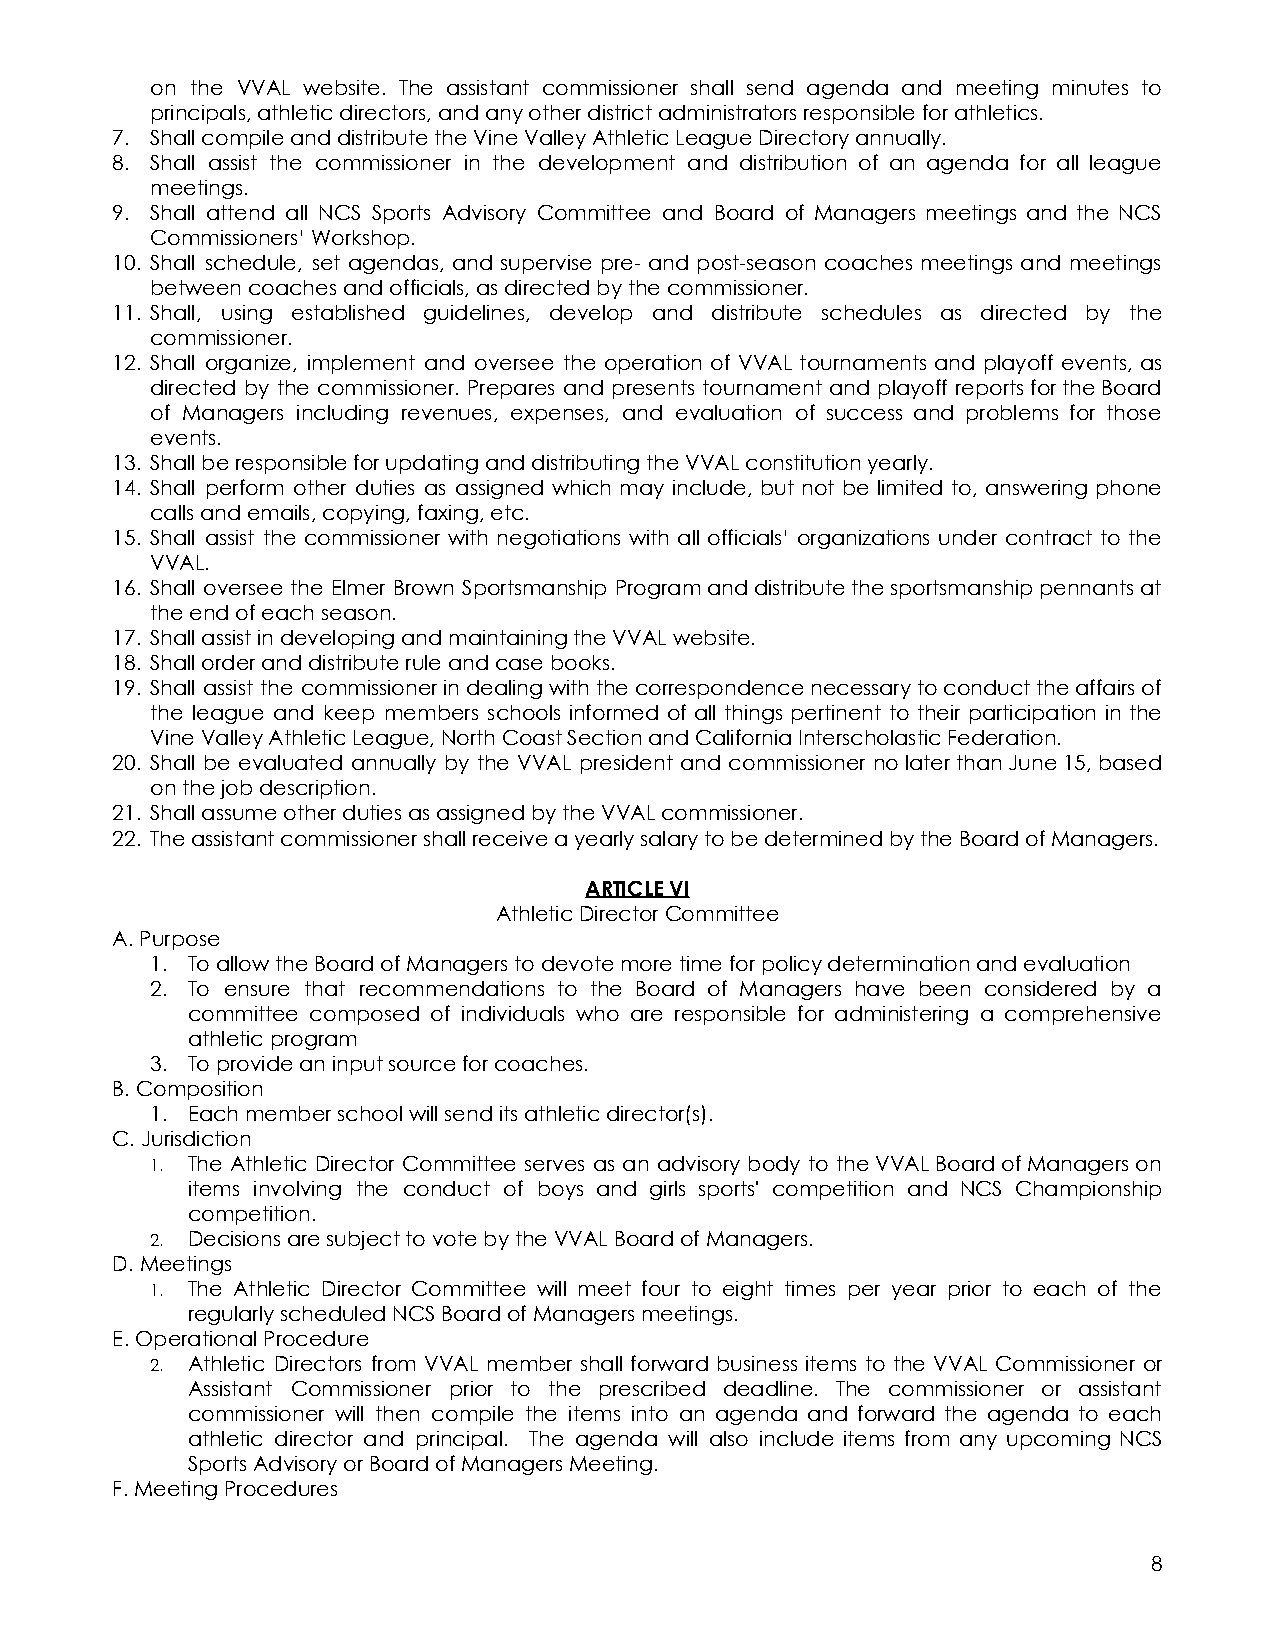
on the VVAL website. The assistant commissioner shall send agenda and meeting minutes to
 principals, athletic directors, and any other district administrators responsible for athletics.
 7. Shall compile and distribute the Vine Valley Athletic League Directory annually.
 8. Shall assist the commissioner in the development and distribution of an agenda for all league
 meetings.
 9. Shall attend all NCS Sports Advisory Committee and Board of Managers meetings and the NCS
 Commissioners’ Workshop.
 10. Shall schedule, set agendas, and supervise pre- and post-season coaches meetings and meetings
 between coaches and officials, as directed by the commissioner.
 11. Shall, using established guidelines, develop and distribute schedules as directed by the
 commissioner.
 12. Shall organize, implement and oversee the operation of VVAL tournaments and playoff events, as
 directed by the commissioner. Prepares and presents tournament and playoff reportsfortheBoard
 of Managers including revenues, expenses, and evaluation of success and problems for those
 events.
 13. Shall be responsible for updating and distributing the VVAL constitution yearly.
 14. Shall perform other duties as assigned which may include, but not be limited to, answering phone
 calls and emails, copying, faxing, etc.
 15. Shall assist the commissioner with negotiations with all officials’ organizations under contract to the
 VVAL.
 16. Shall oversee the Elmer Brown Sportsmanship Programanddistributethesportsmanshippennantsat
 the end of each season.
 17. Shall assist in developing and maintaining the VVAL website.
 18. Shall order and distribute rule and case books.
 19. Shall assist the commissionerindealingwiththecorrespondencenecessarytoconducttheaffairsof
 the league and keep members schools informed of all things pertinent to their participation in the
 Vine Valley Athletic League, North Coast Section and California Interscholastic Federation.
 20. Shall be evaluated annually by the VVAL president and commissioner nolaterthanJune15,based
 on the job description.
 21. Shall assume other duties as assigned by the VVAL commissioner.
 22. The assistant commissioner shall receive a yearly salary to be determined by the Board of Managers.
 ARTICLE VI
 Athletic Director Committee
 A. Purpose
 1. To allow the Board of Managers to devote more time for policy determination and evaluation
 2. To ensure that recommendations to the Board of Managers have been considered by a
 committee composed of individuals who are responsible for administering a comprehensive
 athletic program
 3. To provide an input source for coaches.
 B. Composition
 1. Each member school will send its athletic director(s).
 C. Jurisdiction
 1. The Athletic Director Committee serves as an advisory body to theVVALBoardofManagerson
 items involving the conduct of boys and girls sports' competition and NCS Championship
 competition.
 2. Decisions are subject to vote by the VVAL Board of Managers.
 D. Meetings
 1. The Athletic Director Committee will meet four to eight times per year prior to each of the
 regularly scheduled NCS Board of Managers meetings.
 E. Operational Procedure
 2. Athletic Directors from VVAL member shall forward business items to the VVAL Commissioner or
 Assistant Commissioner prior to the prescribed deadline. The commissioner or assistant
 commissioner will then compile the items into an agenda and forward the agenda to each
 athletic director and principal. The agenda will also include items from any upcoming NCS
 Sports Advisory or Board of Managers Meeting.
 F. Meeting Procedures
 8